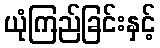
ယုံကြည်ခြင်းနှင့်